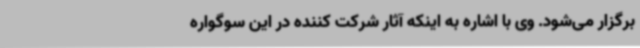
برگزار می‌شود. وی با اشاره به اینکه آثار شرکت کننده در این سوگواره